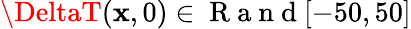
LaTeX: \DeltaT(\mathbf{x},0)\in\mathrm{{~R~a~n~d~}}[-50,50]